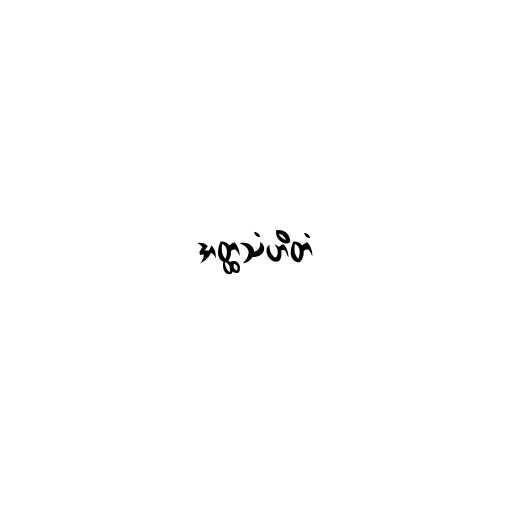
အတ္ထသံဟိတံ